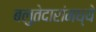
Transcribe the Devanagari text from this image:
बलुतेदारांमध्ये